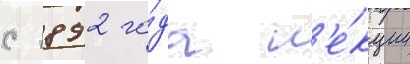
с 1892 го́да л'е́кции